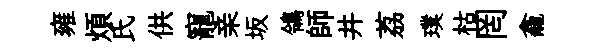
雍煩氏供寵亲坂鴒師井荔璞枯罔龕